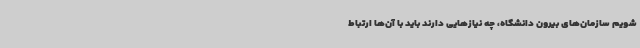
شویم سازمان‌های بیرون دانشگاه، چه نیازهایی دارند باید با آن‌ها ارتباط